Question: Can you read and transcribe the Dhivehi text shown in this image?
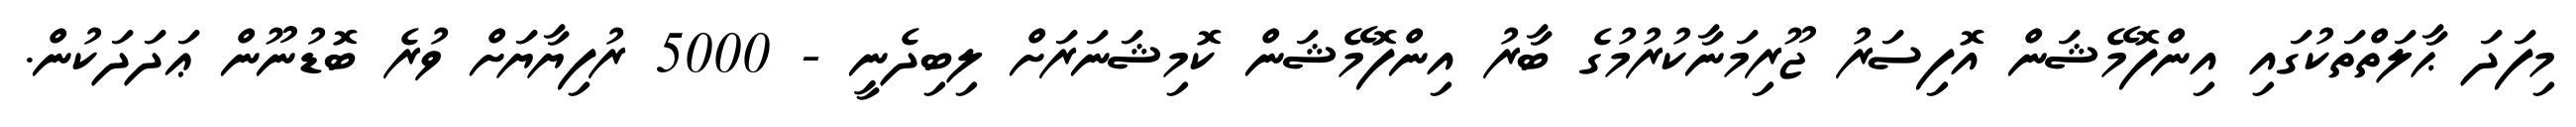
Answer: މިފަދަ ޙާލަތްތަކުގައި އިންފޮމޭޝަން އޮފިސަރު ޖޫރިމަނާކުރުމުގެ ބާރު އިންފޮމޭޝަން ކޮމިޝަނަރަށް ލިބިދެނީ - 5000 ރުފިޔާޔަށް ވުރެ ބޮޑުނޫން ޢަދަދަކުން.